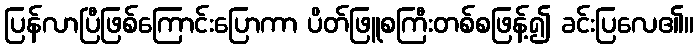
ပြန်လာပြီဖြစ်ကြောင်းပြောကာ ပိတ်ဖြူစကြီးတစ်စဖြန့်၍ ခင်းပြလေ၏။